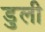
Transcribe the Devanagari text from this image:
डुली